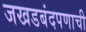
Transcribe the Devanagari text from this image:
जखडबंदपणाची